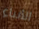
الأنباء